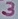
Text: 3